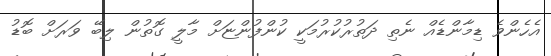
އެހެންވެ ޑިމާންޑެއް ނެތި ދަތުރުކުރުމަކީ ކުންފުންޏަށް މާލީ ގޮތުން ލިބޭ ވަރަށް ބޮޑު